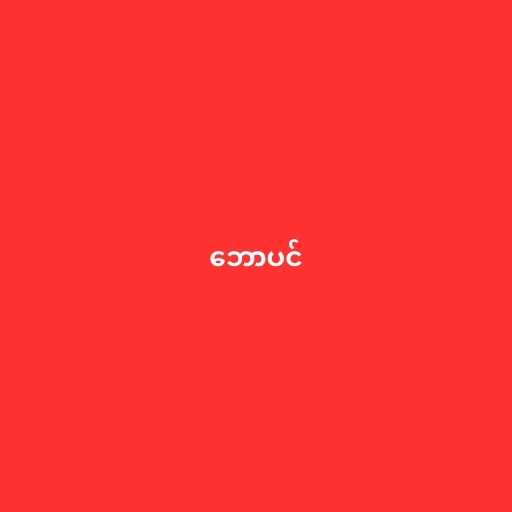
ဘောပင်